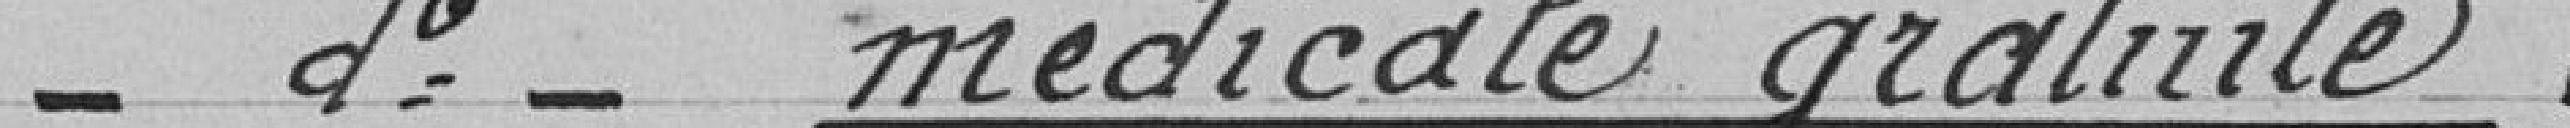
médicale gratuite